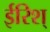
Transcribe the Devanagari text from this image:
ईरिश्